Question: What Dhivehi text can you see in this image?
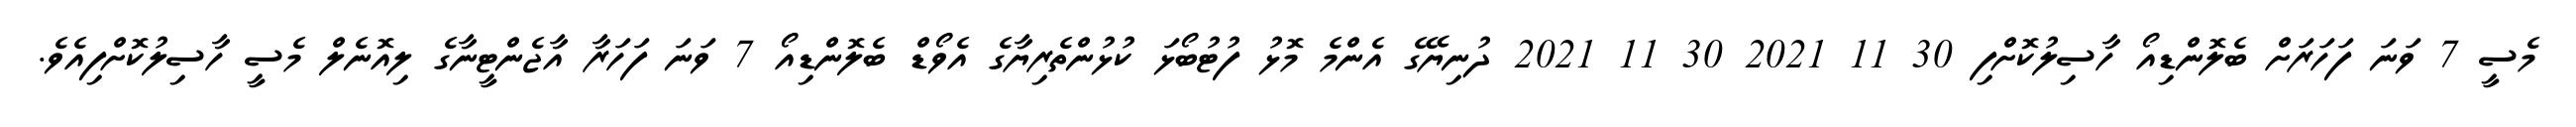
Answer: މެސީ 7 ވަނަ ފަހަރަށް ބެލޮންޑިއޯ ހާސިލުކޮށްފި 30 11 2021 30 11 2021 ދުނިޔޭގެ އެންމެ މޮޅު ފުޓުބޯޅަ ކުޅުންތެރިޔާގެ އެވޯޑް ބެލޮންޑިއޯ 7 ވަނަ ފަހަރާ އާޖެންޓީނާގެ ލިއޮނެލް މެސީ ހާސިލުކޮށްފިއެވެ.